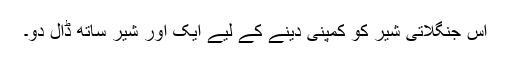
اس جنگلاتی شیر کو کمپنی دینے کے لیے ایک اور شیر ساتھ ڈال دو۔